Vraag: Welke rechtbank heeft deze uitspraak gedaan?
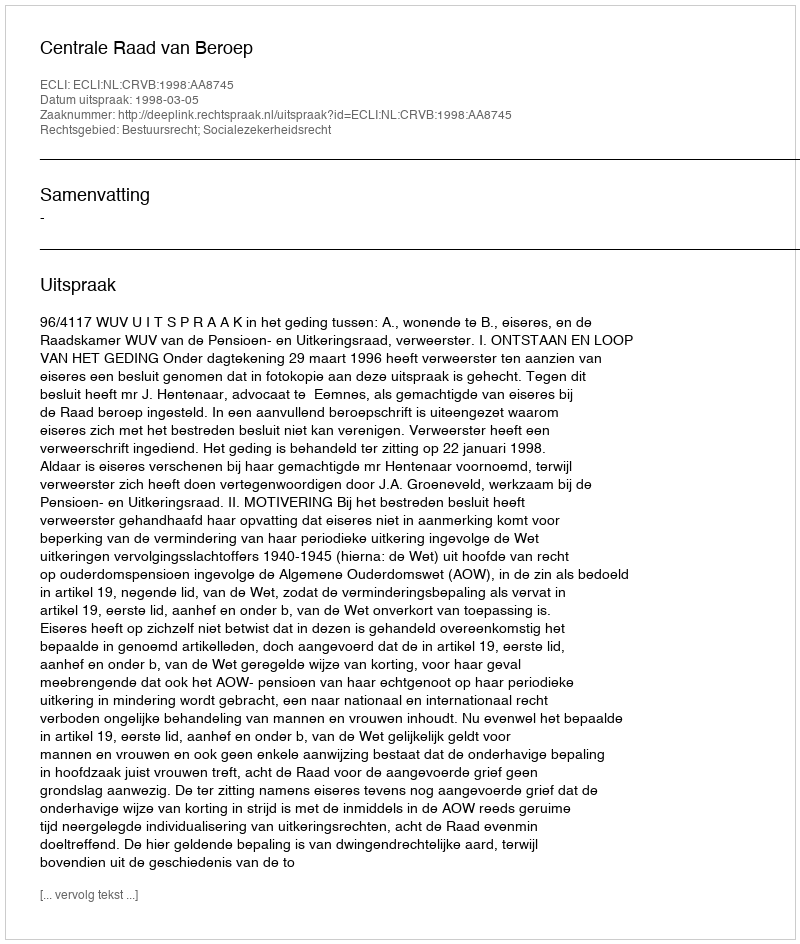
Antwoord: Centrale Raad van Beroep